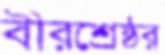
বীরশ্রেষ্ঠর